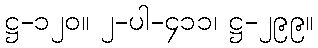
ဋ္ဌ-၁၂၀။ ၂-ပါ-၄၁၁၊ ဋ္ဌ-၂၉၉။